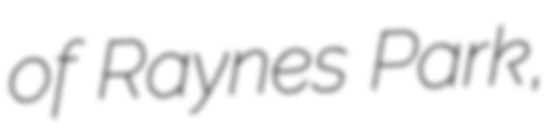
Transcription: of Raynes Park,